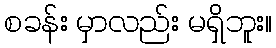
စခန်း မှာလည်း မရှိဘူး။